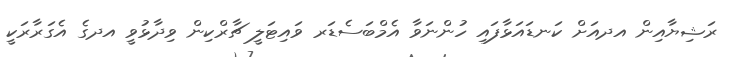
ރަޝިޔާއިން އދއަށް ކަނޑައަޅާފައި ހުންނަވާ އެމްބަސެޑަރ ވައިޓަލީ ޗާރްކިން ވިދާޅުވީ އދގެ އެގަރާރަކީ